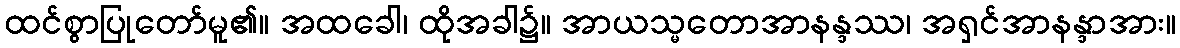
ထင်စွာပြုတော်မူ၏။ အထခေါ၊ ထိုအခါ၌။ အာယသ္မတောအာနန္ဒဿ၊ အရှင်အာနန္ဒာအား။